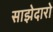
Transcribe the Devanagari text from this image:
साझेदारो